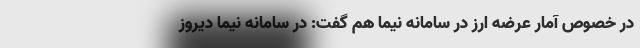
در خصوص آمار عرضه ارز در سامانه نیما هم گفت: در سامانه نیما دیروز